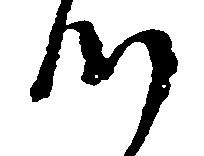
つ